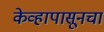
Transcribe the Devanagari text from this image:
केव्हापासूनचा